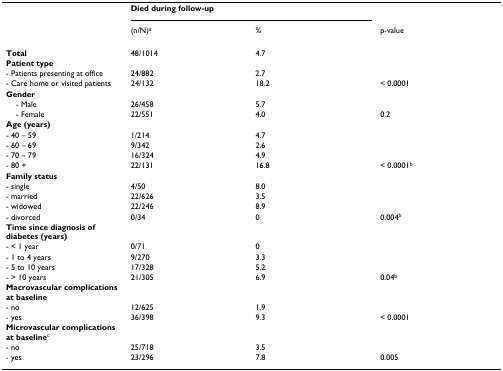
<table><thead><tr><td>[EMPTY_CELL]</td><td colspan="2"><b>Died during follow-up</b></td><td>[EMPTY_CELL]</td></tr><tr><td>[EMPTY_CELL]</td><td><b>(n/N)<sup>a</sup></b></td><td><b>%</b></td><td><b>p-value</b></td></tr></thead><tbody><tr><td><b>Total</b></td><td>48/1014</td><td>4.7</td><td>[EMPTY_CELL]</td></tr><tr><td><b>Patient type</b></td><td>[EMPTY_CELL]</td><td>[EMPTY_CELL]</td><td>[EMPTY_CELL]</td></tr><tr><td>- Patients presenting at office</td><td>24/882</td><td>2.7</td><td>[EMPTY_CELL]</td></tr><tr><td>- Care home or visited patients</td><td>24/132</td><td>18.2</td><td>&lt; 0.0001</td></tr><tr><td><b>Gender</b></td><td>[EMPTY_CELL]</td><td>[EMPTY_CELL]</td><td>[EMPTY_CELL]</td></tr><tr><td> - Male</td><td>26/458</td><td>5.7</td><td>[EMPTY_CELL]</td></tr><tr><td> - Female</td><td>22/551</td><td>4.0</td><td>0.2</td></tr><tr><td><b>Age (years)</b></td><td>[EMPTY_CELL]</td><td>[EMPTY_CELL]</td><td>[EMPTY_CELL]</td></tr><tr><td>- 40 – 59</td><td>1/214</td><td>4.7</td><td>[EMPTY_CELL]</td></tr><tr><td>- 60 – 69</td><td>9/342</td><td>2.6</td><td>[EMPTY_CELL]</td></tr><tr><td>- 70 – 79</td><td>16/324</td><td>4.9</td><td>[EMPTY_CELL]</td></tr><tr><td>- 80 +</td><td>22/131</td><td>16.8</td><td>&lt; 0.0001<sup>b</sup></td></tr><tr><td><b>Family status</b></td><td>[EMPTY_CELL]</td><td>[EMPTY_CELL]</td><td>[EMPTY_CELL]</td></tr><tr><td>- single</td><td>4/50</td><td>8.0</td><td>[EMPTY_CELL]</td></tr><tr><td>- married</td><td>22/626</td><td>3.5</td><td>[EMPTY_CELL]</td></tr><tr><td>- widowed</td><td>22/246</td><td>8.9</td><td>[EMPTY_CELL]</td></tr><tr><td>- divorced</td><td>0/34</td><td>0</td><td>0.004<sup>b</sup></td></tr><tr><td><b>Time since diagnosis of diabetes (years)</b></td><td>[EMPTY_CELL]</td><td>[EMPTY_CELL]</td><td>[EMPTY_CELL]</td></tr><tr><td>- &lt; 1 year</td><td>0/71</td><td>0</td><td>[EMPTY_CELL]</td></tr><tr><td>- 1 to 4 years</td><td>9/270</td><td>3.3</td><td>[EMPTY_CELL]</td></tr><tr><td>- 5 to 10 years</td><td>17/328</td><td>5.2</td><td>[EMPTY_CELL]</td></tr><tr><td>- &gt; 10 years</td><td>21/305</td><td>6.9</td><td>0.04<sup>b</sup></td></tr><tr><td><b>Macrovascular complications at baseline</b></td><td>[EMPTY_CELL]</td><td>[EMPTY_CELL]</td><td>[EMPTY_CELL]</td></tr><tr><td>- no</td><td>12/625</td><td>1.9</td><td>[EMPTY_CELL]</td></tr><tr><td>- yes</td><td>36/398</td><td>9.3</td><td>&lt; 0.0001</td></tr><tr><td><b>Microvascular complications at baseline</b><sup>c</sup></td><td>[EMPTY_CELL]</td><td>[EMPTY_CELL]</td><td>[EMPTY_CELL]</td></tr><tr><td>- no</td><td>25/718</td><td>3.5</td><td>[EMPTY_CELL]</td></tr><tr><td>- yes</td><td>23/296</td><td>7.8</td><td>0.005</td></tr></tbody></table>